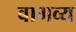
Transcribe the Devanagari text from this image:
बाभव्य